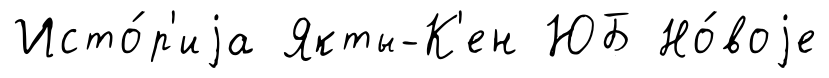
Исто́р'иjа Якты-К'ен ЮБ Но́воjе